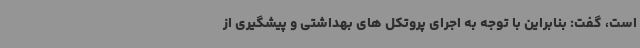
است، گفت: بنابراین با توجه به اجرای پروتکل های بهداشتی و پیشگیری از